Indian journal of veterinary science and animal husbandry - Volumes 28-29, 1958-1959
Year: 1958
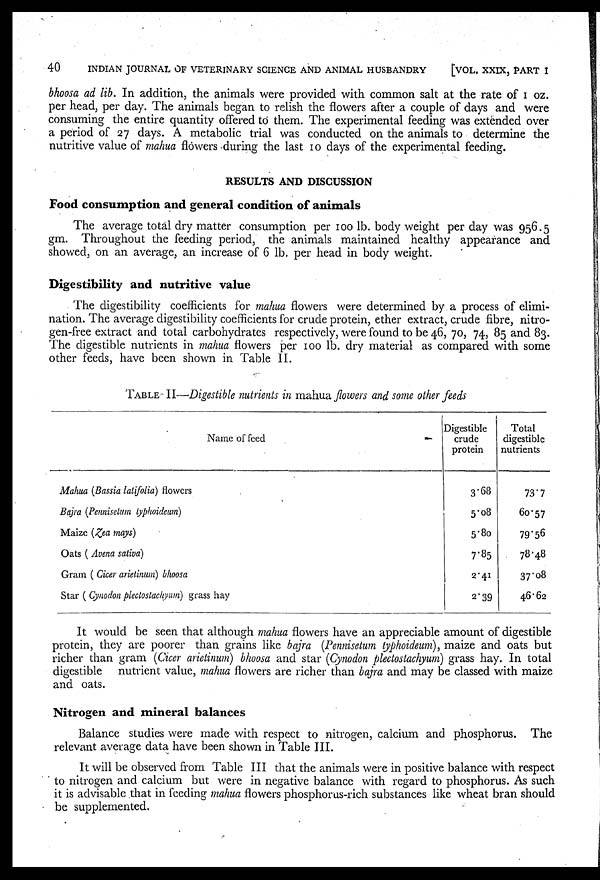
40
INDIAN JOURNAL OF VETERINARY SCIENCE AND ANIMAL HUSBANDRY
[VOL. XXIX, PART I
bhoosa ad lib. In addition, the animals were provided with common salt at the rate of 1 oz.
per head, per day. The animals began to relish the flowers after a couple of days and were
consuming the entire quantity offered to them. The experimental feeding was extended over
a period of 27 days. A metabolic trial was conducted on the animals to determine the
nutritive value of mahua flowers during the last 10 days of the experimental feeding.
RESULTS AND DISCUSSION
Food consumption and general condition of animals
The average total dry matter consumption per 100 lb. body weight per day was 956.5
gm. Throughout the feeding period, the animals maintained healthy appearance and
showed, on an average, an increase of 6 lb. per head in body weight.
Digestibility and nutritive value
The digestibility coefficients for mahua flowers were determined by a process of elimi-
nation. The average digestibility coefficients for crude protein, ether extract, crude fibre, nitro-
gen-free extract and total carbohydrates respectively, were found to be 46, 70, 74, 85 and 83.
The digestible nutrients in mahua flowers per 100 lb. dry material as compared with some
other feeds, have been shown in Table II.
TABLE II—Digestible nutrients in mahua flowers and some other feeds
Name of feed
Mahua (Bassia latifolia) flowers
Bajra (Pennisetum typhoideum)
Maize (Zea mays)
Oats ( Avena sativa)
Gram ( Cicer arietinum) bhoosa
Star ( Cynodon plectostachyum) grass hay
Digestible
crude
protein
3.68
5.08
5.80
7.85
2.41
2.39
Total
digestible
nutrients
73.7
60.57
79.56
78.48
37.08
46.62
It would be seen that although mahua flowers have an appreciable amount of digestible
protein, they are poorer than grains like bajra (Pennisetum typhoideum), maize and oats but
richer than gram (Cicer arietinum) bhoosa and star (Cynodon plectostachyum) grass hay. In total
digestible nutrient value, mahua flowers are richer than bajra and may be classed with maize
and oats.
Nitrogen and mineral balances
Balance studies were made with respect to nitrogen, calcium and phosphorus. The
relevant average data have been shown in Table III.
It will be observed from Table III that the animals were in positive balance with respect
to nitrogen and calcium but were in negative balance with regard to phosphorus. As such
it is advisable that in feeding mahua flowers phosphorus-rich substances like wheat bran should
be supplemented.